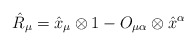
\begin{align*}{\hat{R}_\mu}=\hat{x}_\mu\otimes1-O_{\mu\alpha}\otimes\hat{x}^\alpha\end{align*}